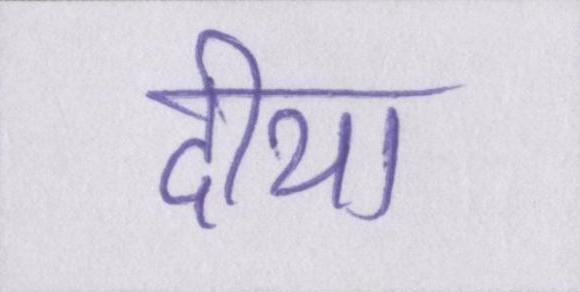
दीया